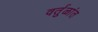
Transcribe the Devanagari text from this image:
वर्तुळांत